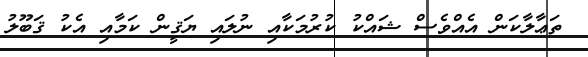
ތަޢާލާކަން އެއްވެސް ޝައްކު ކުރުމަކާއި ނުލައި ޔަޤީން ކަމާއި އެކު ޤަބޫލު